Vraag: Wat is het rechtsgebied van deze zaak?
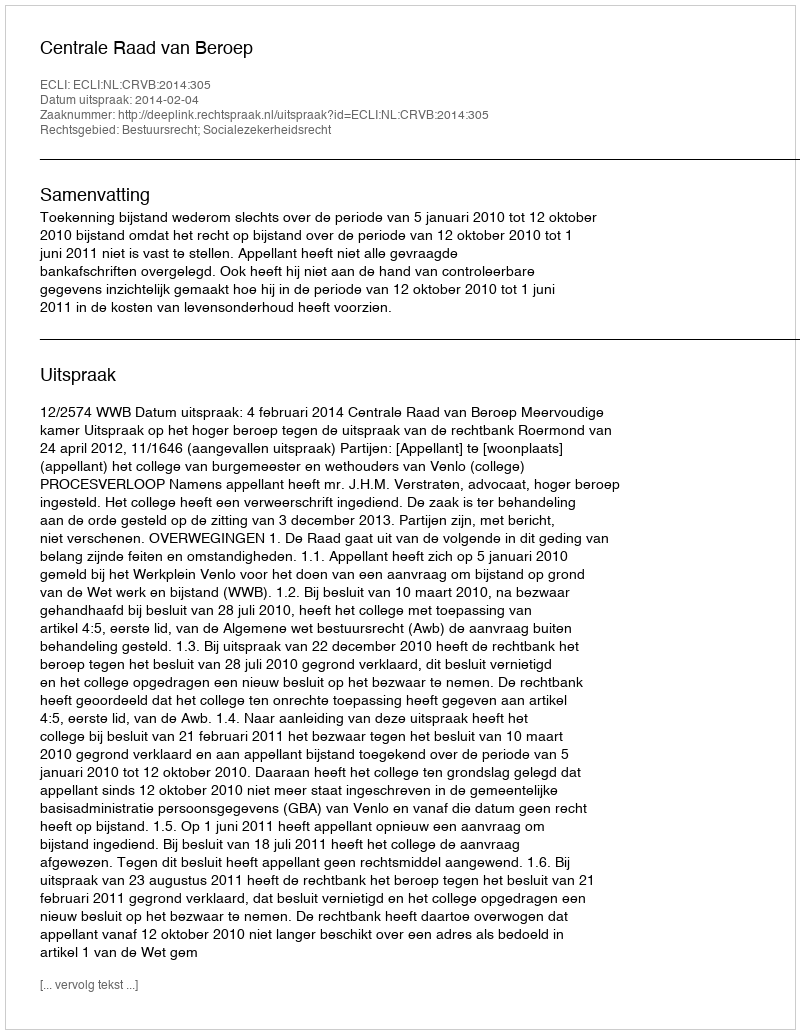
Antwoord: Bestuursrecht; Socialezekerheidsrecht